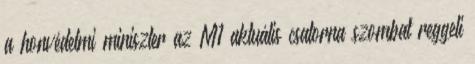
a honvédelmi miniszter az M1 aktuális csatorna szombat reggeli